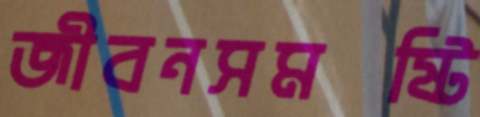
জীবনসমষ্টি